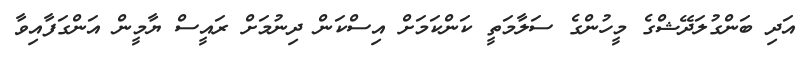
އަދި ބަންގުލަދޭޝްގެ މީހުންގެ ސަލާމަތީ ކަންކަމަށް އިސްކަން ދިނުމަށް ރައީސް ޔާމީން އަންގަފާއިވާ